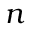
{ \boldsymbol { n } }